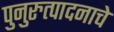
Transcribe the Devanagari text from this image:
पुनुरुत्पादनाचे